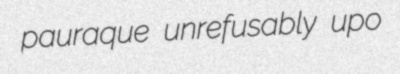
pauraque unrefusably upo